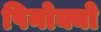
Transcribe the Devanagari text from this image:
पिनोक्यो